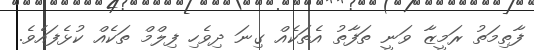
ފާތިމަތު ރަމީޒާ ވަނީ ތަފާތު އެތަކެއް ގިނަ ދިވެހި ފިލްމް ތަކެއް ކުޅެފައެވެ.